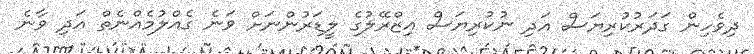
ދިވެހިން ގަދަރުކުރިޔަސް އަދި ނުކުރިޔަސް އިޒްރޭލުގެ ލީޑަރުންނަށް ވަނެ ގެއްލުމެއްނެތް އަދި ވާނެ